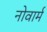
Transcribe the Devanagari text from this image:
नोवार्म